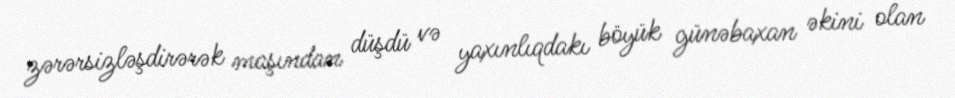
zərərsizləşdirərək maşından düşdü və yaxınlıqdakı böyük günəbaxan əkini olan